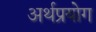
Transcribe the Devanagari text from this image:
अर्थप्रयोग